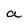
Character: a